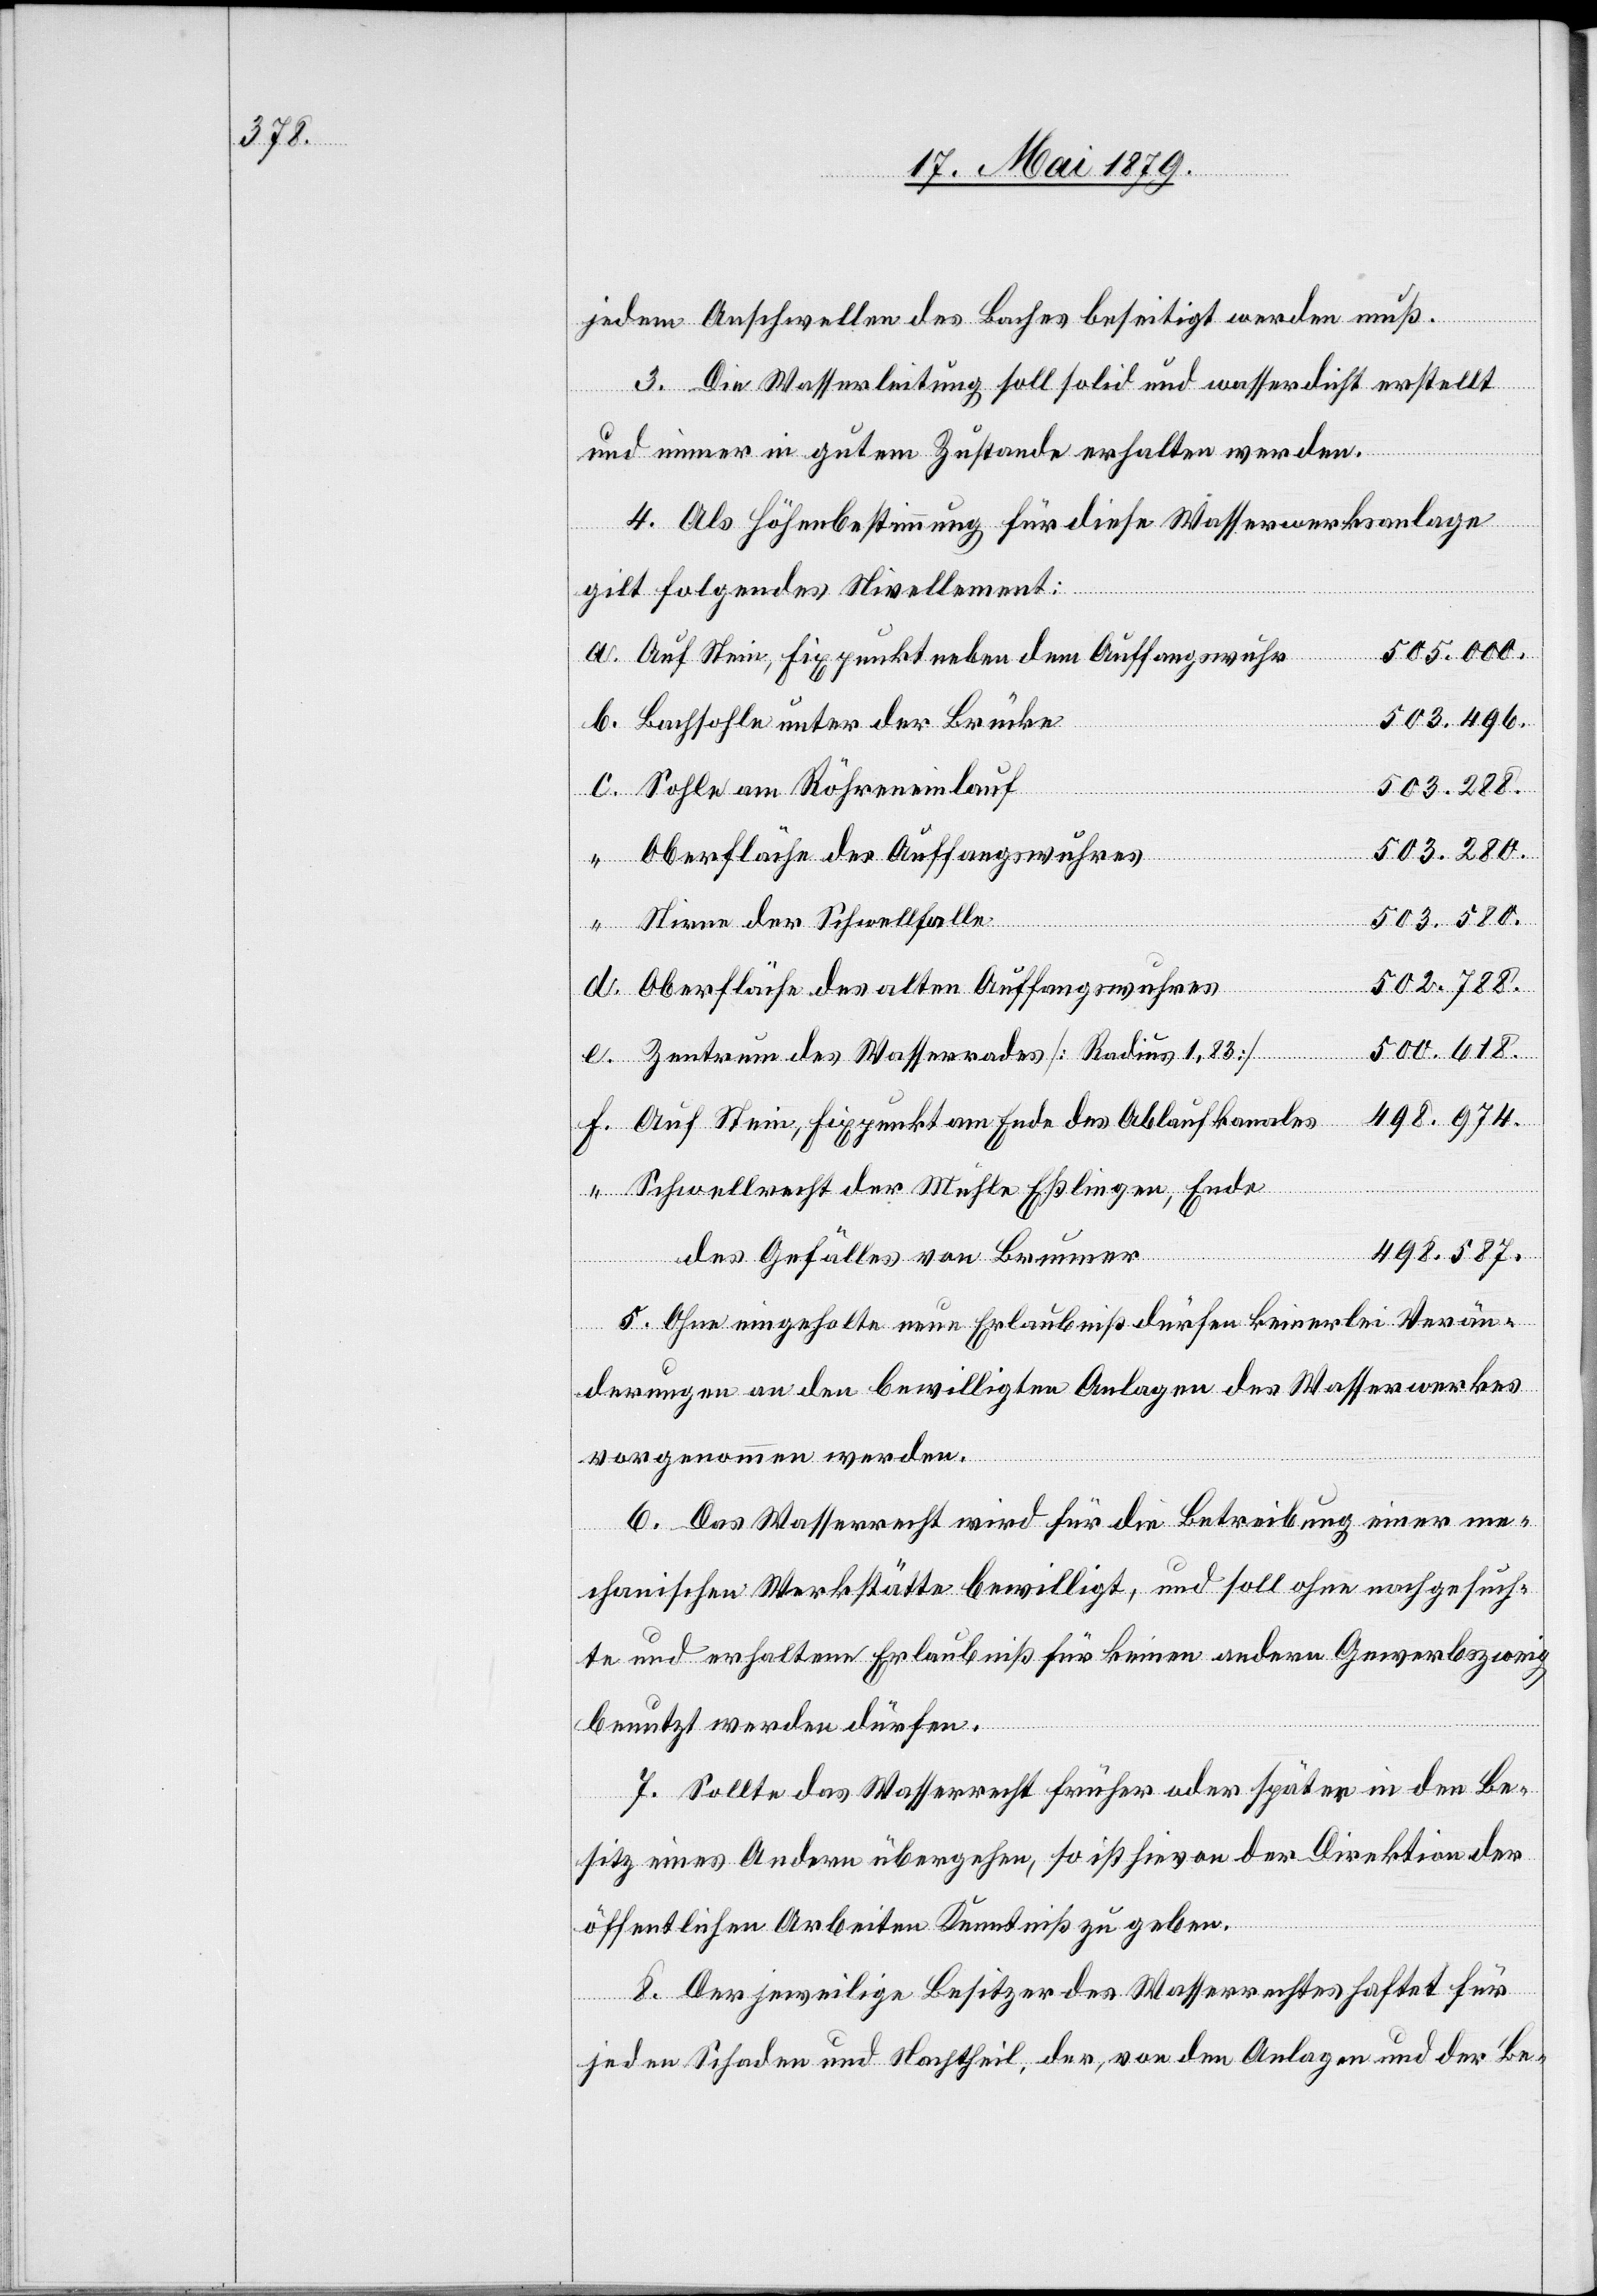
jedem Anschwellen des Baches beseitigt werden muß.
3. Die Wasserleitung soll solid und wasserdicht erstellt
und immer in gutem Zustande erhalten werden.
4. Als Höhenbestimmung für diese Wasserwerksanlage
gilt folgendes Nivellement:
503.580.
f.
Auf Stein, Fixpunkt neben dem Auffangswuhr
503.496.
Bachsohle unter der Brücke
503.288.
Sohle am Röhreneinlauf
503.280.
Oberfläche des Auffangswuhres
Stirne der Schwellfalle
502.788.
Oberfläche des alten Auffangswuhres
500.618.
Zentrum des Wasserrades [Radius 1,83]
498.974.
Auf Stein, Fixpunkt am Ende des Ablaufkanales
Schwellrecht der Mühle Eßlingen, Ende
498.587.
des Gefälles von Brunner
5. Ohne eingeholte neue Erlaubniß dürfen keinerlei Verän¬
derungen an den bewilligten Anlagen des Wasserwerkes
vorgenommen werden.
6. Das Wasserrecht wird für die Betreibung einer me¬
chanischen Werkstätte bewilligt, und soll ohne nachgesuch¬
te und erhaltene Erlaubniß für keinen andern Gewerbszweig
benutzt werden dürfen.
7. Sollte das Wasserrecht früher oder später in den Be¬
sitz eines Andern übergehen, so ist hievon der Direktion der
öffentlichen Arbeiten Kenntniß zu geben.
8. Der jeweilige Besitzer des Wasserrechtes haftet für
jeden Schaden und Nachtheil, der, von den Anlagen und der Be-